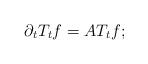
LaTeX: \begin{align*}\partial_t T_tf = AT_tf;\end{align*}